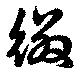
綴